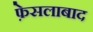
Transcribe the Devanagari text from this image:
फ़ेसलाबाद